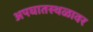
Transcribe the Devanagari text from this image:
अपघातस्थळावर